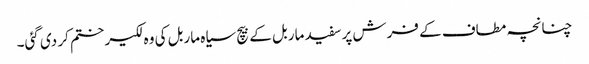
چنانچہ مطاف کے فرش پر سفید ماربل کے بیچ سیاہ ماربل کی وہ لکیر ختم کر دی گئی۔